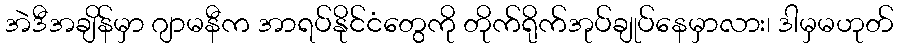
အဲဒီအချိန်မှာ ဂျာမနီက အာရပ်နိုင်ငံတွေကို တိုက်ရိုက်အုပ်ချုပ်နေမှာလား၊ ဒါမှမဟုတ်